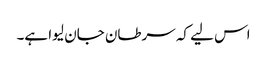
اس لیے کہ سرطان جان لیوا ہے۔